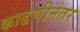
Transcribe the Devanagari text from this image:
काढणीनंतर